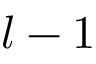
l - 1